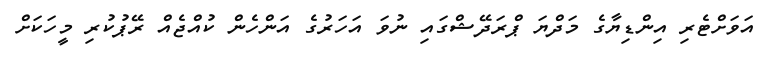
އަވަށްޓެރި އިންޑިޔާގެ މަދްޔަ ޕްރަދޭޝްގައި ނުވަ އަހަރުގެ އަންހެން ކުއްޖެއް ރޭޕުކުރި މީހަކަށް